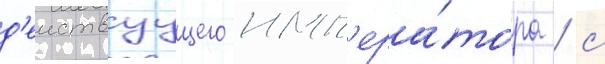
д'еиствуущего имп'ера́тора / с